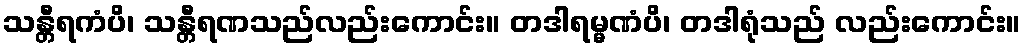
သန္တီရကံပိ၊ သန္တီရဏသည်လည်းကောင်း။ တဒါရမ္မဏံပိ၊ တဒါရုံသည် လည်းကောင်း။